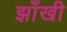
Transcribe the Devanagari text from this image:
झाँखी